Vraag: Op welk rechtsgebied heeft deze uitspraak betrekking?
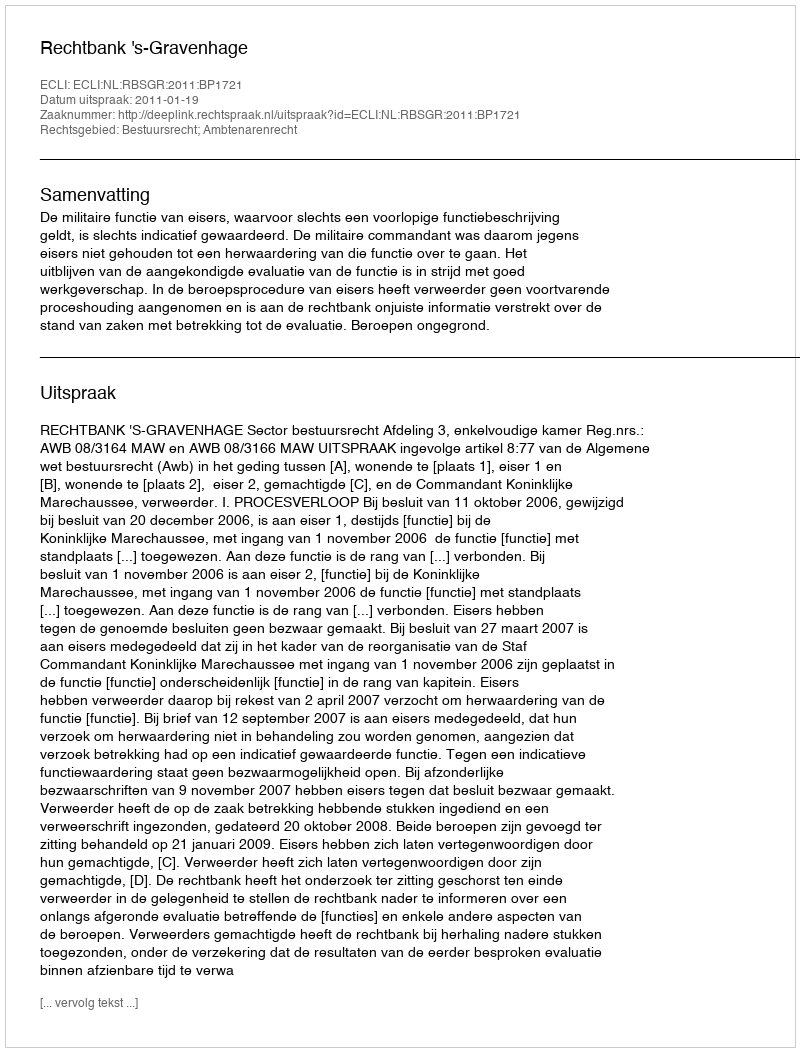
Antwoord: Bestuursrecht; Ambtenarenrecht